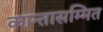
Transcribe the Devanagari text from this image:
कान्तासम्मित